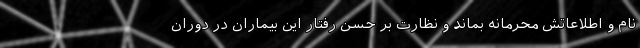
نام و اطلاعاتش محرمانه بماند و نظارت بر حسن رفتار این بیماران در دوران